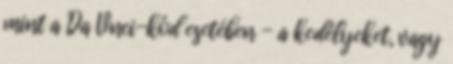
mint a Da Vnci-kód esetében - a kedélyeket, vagy